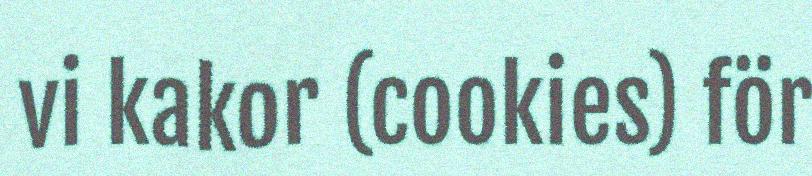
vi kakor (cookies) för